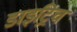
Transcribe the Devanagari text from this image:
डाइट्रिच